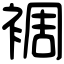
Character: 裯